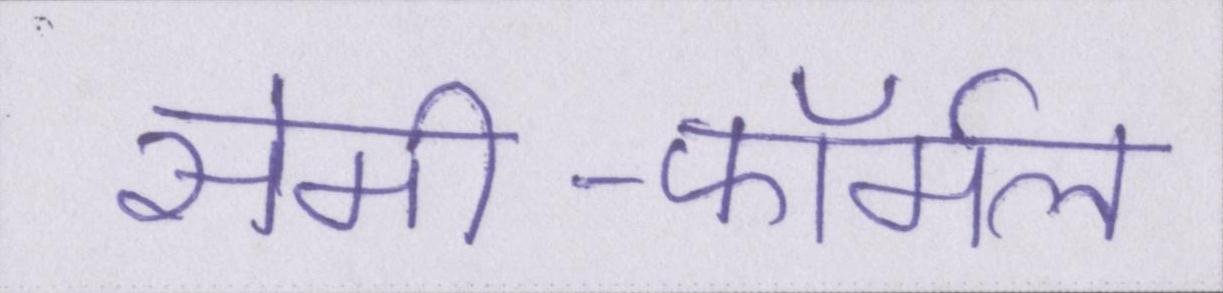
सेमी-फॉर्मल